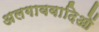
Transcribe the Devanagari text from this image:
अलगाववादिओं